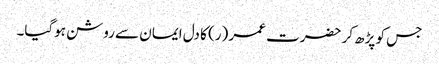
جس کو پڑھ کر حضرت عمر (ر) کا دل ایمان سے روشن ہوگیا۔